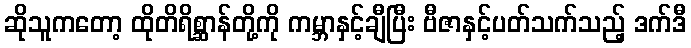
ဆိုသူကတော့ ထိုတိရိစ္ဆာန်တို့ကို ကမ္ဘာနှင့်ချီပြီး ဗီဇာနှင့်ပတ်သက်သည့် ဒက်ဒီ